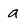
Character: a